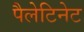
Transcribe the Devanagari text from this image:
पैलेटिनेट